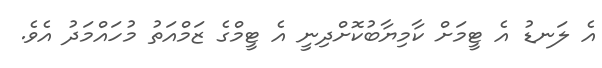
އެ ލަނޑު އެ ޓީމަށް ކާމިޔާބުކޮށްދިނީ އެ ޓީމްގެ ޒަމްއަތު މުހައްމަދު އެވެ.